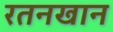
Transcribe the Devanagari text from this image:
रतनखान